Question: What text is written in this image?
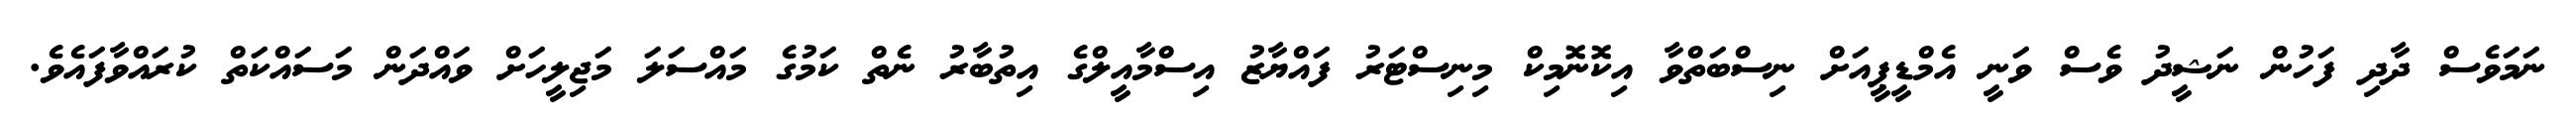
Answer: ނަމަވެސް ދާދި ފަހުން ނަޝީދު ވެސް ވަނީ އެމްޑީޕީއަށް ނިސްބަތްވާ އިކޮނޮމިކް މިނިސްޓަރު ފައްޔާޒު އިސްމާއީލްގެ އިތުބާރު ނެތް ކަމުގެ މައްސަލަ މަޖިލީހަށް ވައްދަން މަސައްކަތް ކުރައްވާފައެވެ.